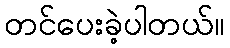
တင်ပေးခဲ့ပါတယ်။